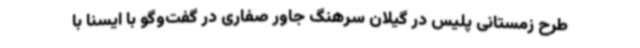
طرح زمستانی پلیس در گیلان سرهنگ جاور صفاری در گفت‌وگو با ایسنا با